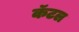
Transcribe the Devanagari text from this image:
कॅटल